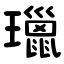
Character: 㼃